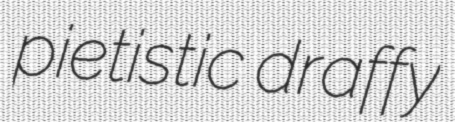
pietistic draffy